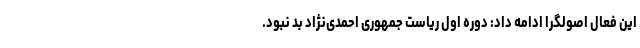
این فعال اصولگرا ادامه داد: دوره اول ریاست جمهوری احمدی‌نژاد بد نبود.